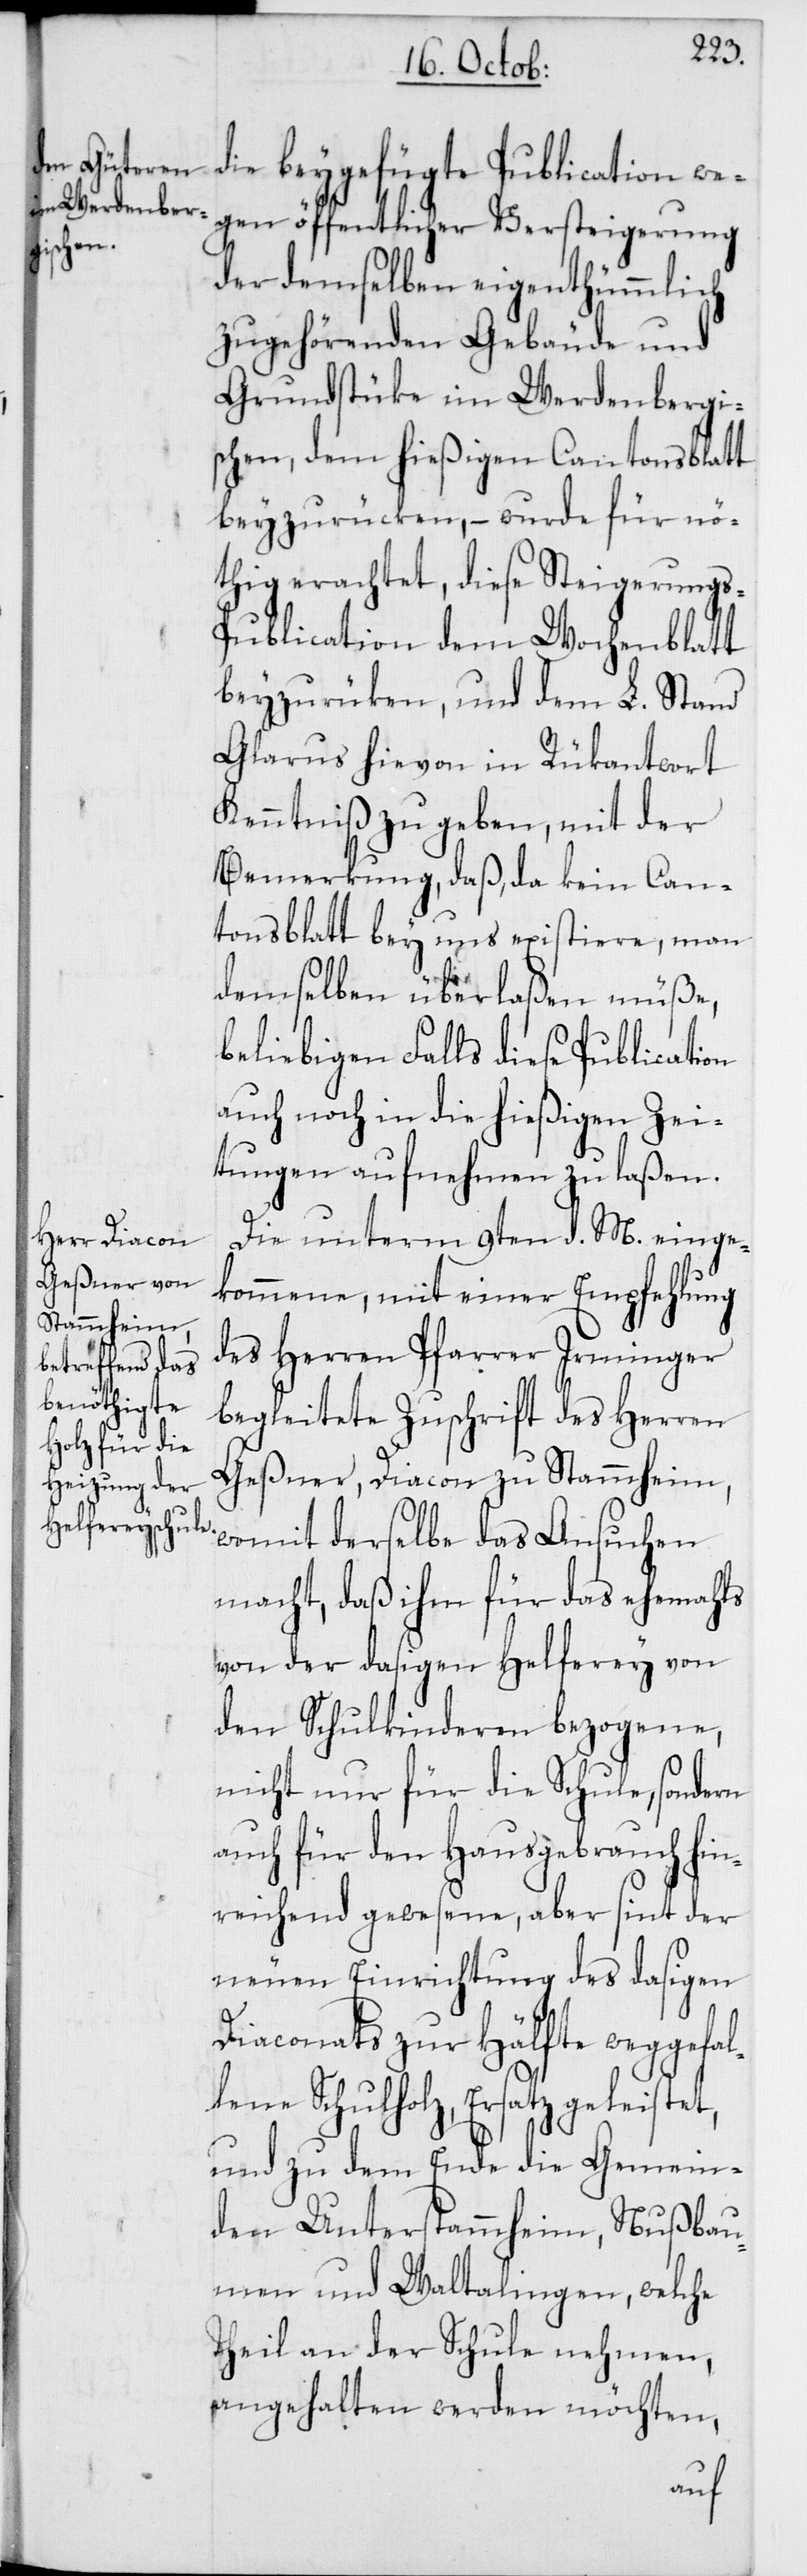
die beygefügte Publication we¬
gen öffentlicher Versteigerung
der demselben eigenthümmlich
zugehörenden Gebäude und
Grundstücke im Werdenbergi¬
schen, dem hießigen Cantonsblatt
beyzurücken, – wurde für nö¬
thig erachtet, diese Steigerung¬
s-Publication dem Wochenblatt
beyzurücken, und dem L. Stand
Glarus hievon in Rükantwort
Kenntniß zu geben, mit der
Bemerkung, daß, da kein Can¬
tonsblatt bey uns existiere, man
demselben überlaßen müße,
beliebigen Falls diese Publication
auch noch in die hießigen Zei¬
tungen aufnehmen zu laßen.
Die unterm 9ten d. M. einge¬
kommene, mit einer Empfehlung
des Herren Pfarrer Irminger
begleitete Zuschrift des Herren
Geßner, Diacon zu Stammheim,
womit derselbe das Ansuchen
macht, daß ihm für das ehemahls
von der dasigen Helferey von
den Schulkinderen bezogene,
nicht nur für die Schule, sondern
auch für den Hausgebrauch hin¬
reichend gewesene, aber sint der
neuen Einrichtung des dasigen
Diaconats zur Hälfte weggefal¬
lene Schulholz, Ersatz geleistet,
und zu dem Ende die Gemein¬
den Unterstammheim, Nußbau¬
men und Waltalingen, welche
Theil an der Schule nehmen,
angehalten werden möchten,